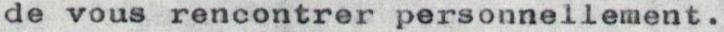
de vous rencontrer personnellement.